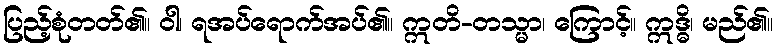
ပြည့်စုံတတ်၏။ ဝါ၊ ရအပ်ရောက်အပ်၏။ ဣတိ-တသ္မာ၊ ကြောင့်။ ဣဒ္ဓိ၊ မည်၏။